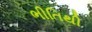
ભીતિથી